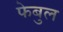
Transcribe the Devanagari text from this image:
फेबुल